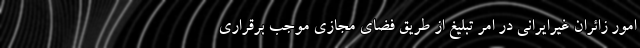
امور زائران غیرایرانی در امر تبلیغ از طریق فضای مجازی موجب برقراری